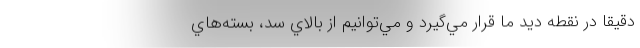
دقيقا در نقطه ديد ما قرار مي‌گيرد و مي‌توانيم از بالاي سد، بسته‌هاي